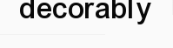
decorably